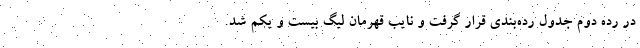
در رده دوم جدول رده‌بندی قرار گرفت و نایب قهرمان لیگ بیست و یکم شد.